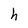
Character: h